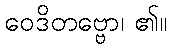
ဝေဒိတဗ္ဗော၊ ၏။